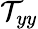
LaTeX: \mathcal{T}_{yy}